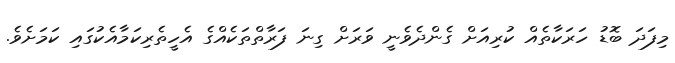
މިފަދަ ބޮޑު ހަރަކާތެއް ކުރިއަށް ގެންދެވެނީ ވަރަށް ގިނަ ފަރާތްތަކެއްގެ އެހީތެރިކަމާއެކުގައި ކަމަށެވެ.